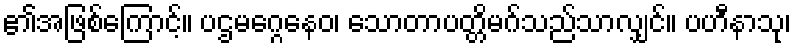
၏အဖြစ်ကြောင့်။ ပဌမဂ္ဂေနေဝ၊ သောတာပတ္တိမဂ်သည်သာလျှင်။ ပဟီနာသု၊